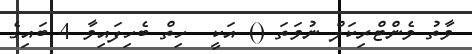
ވާތު ވެންޓްރިކަލް ނުވަތަ () އަކީ  ހިތް ބެހިފައިވާ 4 ބައިގެ